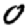
Digit: 0